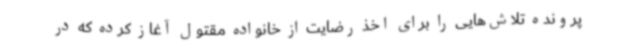
پرونده تلاش‌هایی را برای اخذ رضایت از خانواده مقتول آغاز کرده که در